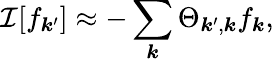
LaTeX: \mathcal{I}[f_{\boldsymbol{k}^{\prime}}]\approx-\sum_{\boldsymbol{k}}\Theta_{\boldsymbol{k}^{\prime},\boldsymbol{k}}f_{\boldsymbol{k}},